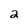
Character: 2